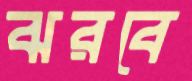
ঝরবে